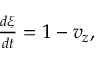
\begin{array} { r } { \frac { d \xi } { d t } = 1 - v _ { z } , } \end{array}